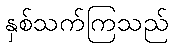
နှစ်သက်ကြသည်